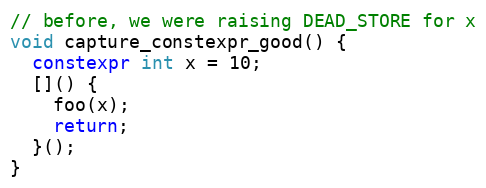
Language: C++
// before, we were raising DEAD_STORE for x
void capture_constexpr_good() {
  constexpr int x = 10;
  []() {
    foo(x);
    return;
  }();
}